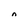
Character: 0